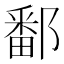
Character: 鄱